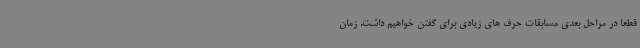
قطعا در مراحل بعدی مسابقات حرف های زیادی برای گفتن خواهیم داشت. زمان